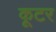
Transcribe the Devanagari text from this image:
कूटर